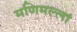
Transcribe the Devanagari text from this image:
मणिमल्लां